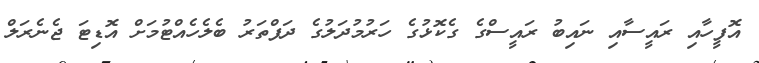
އޮފީހާއި ރައީސާއި ނައިބު ރައީސްގެ ގެކޮޅުގެ ހަރުމުދަލުގެ ދަފްތަރު ބެލެހެއްޓުމަށް އޮޑިޓަ ޖެނެރަލް